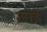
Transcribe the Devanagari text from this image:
ऊंछे